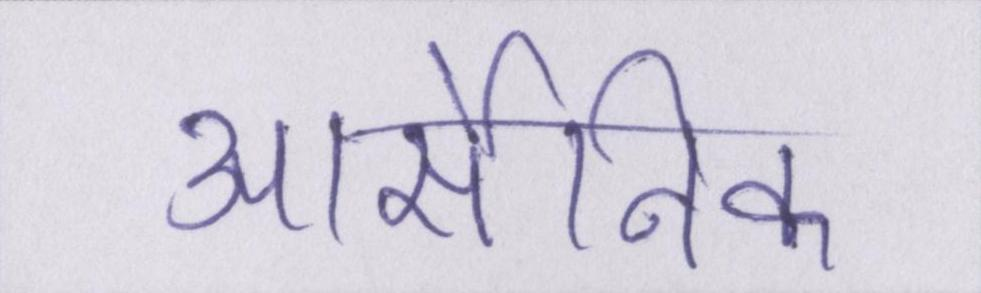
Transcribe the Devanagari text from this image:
आर्सेनिक